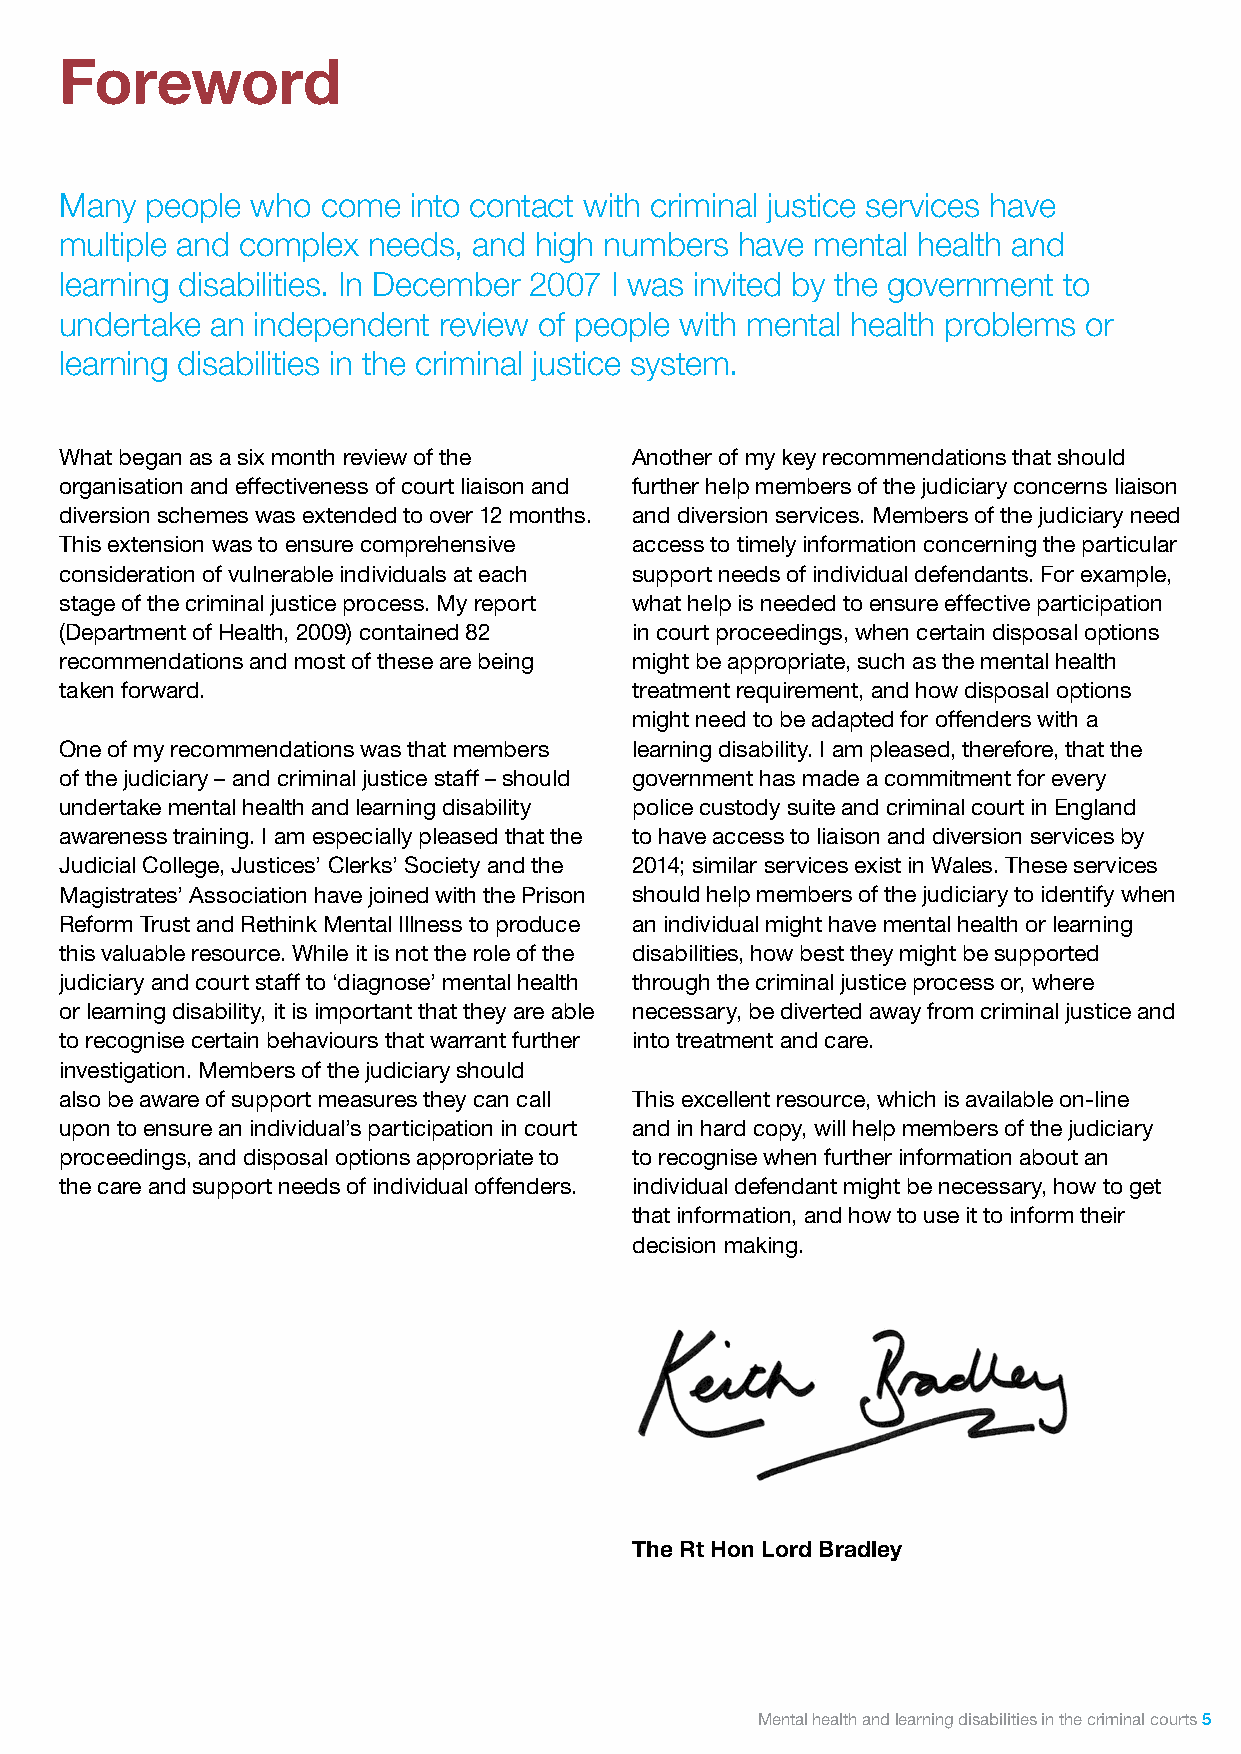
Foreword
 Many  people who come  into contact with criminal justice services have
 multiple and complex needs, and high numbers have mental health and
 learning disabilities. In December 2007 I was invited by the government to
 undertake an independent review of people with mental health problems or
 learning disabilities in the criminal justice system.
 What began as a six month review of the Another of my key recommendations that should
 organisation and effectiveness of court liaison and further help members of the judiciary concerns liaison
 diversion schemes was extended to over 12 months. and diversion services. Members of the judiciary need
 This extension was to ensure comprehensive access to timely information concerning the particular
 consideration of vulnerable individuals at each support needs of individual defendants. For example,
 stage of the criminal justice process. My report what help is needed to ensure effective participation
 (Department of Health, 2009) contained 82 in court proceedings, when certain disposal options
 recommendations and most of these are being might be appropriate, such as the mental health
 taken forward.                        treatment requirement, and how disposal options
 might need to be adapted for offenders with a
 One of my recommendations was that members learning disability. I am pleased, therefore, that the
 of the judiciary – and criminal justice staff – should government has made a commitment for every
 undertake mental health and learning disability police custody suite and criminal court in England
 awareness training. I am especially pleased that the to have access to liaison and diversion services by
 Judicial College, Justices’ Clerks’ Society and the 2014; similar services exist in Wales. These services
 Magistrates’ Association have joined with the Prison should help members of the judiciary to identify when
 Reform Trust and Rethink Mental Illness to produce an individual might have mental health or learning
 this valuable resource. While it is not the role of the disabilities, how best they might be supported
 judiciary and court staff to ‘diagnose’ mental health through the criminal justice process or, where
 or learning disability, it is important that they are able necessary, be diverted away from criminal justice and
 to recognise certain behaviours that warrant further into treatment and care.
 investigation. Members of the judiciary should
 also be aware of support measures they can call This excellent resource, which is available on-line
 upon to ensure an individual’s participation in court and in hard copy, will help members of the judiciary
 proceedings, and disposal options appropriate to to recognise when further information about an
 the care and support needs of individual offenders. individual defendant might be necessary, how to get
 that information, and how to use it to inform their
 decision making.
 The Rt Hon Lord Bradley
 Mental health and learning disabilities in the criminal courts 5